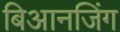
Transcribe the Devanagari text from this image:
बिआनजिंग